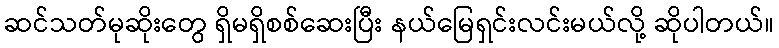
ဆင်သတ်မုဆိုးတွေ ရှိမရှိစစ်ဆေးပြီး နယ်မြေရှင်းလင်းမယ်လို့ ဆိုပါတယ်။